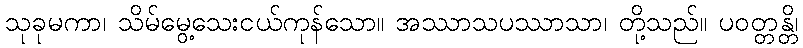
သုခုမကာ၊ သိမ်မွေ့သေးငယ်ကုန်သော။ အဿာသပဿာသာ၊ တို့သည်။ ပဝတ္တန္တိ၊